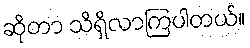
ဆိုတာ သိရှိလာကြပါတယ်။